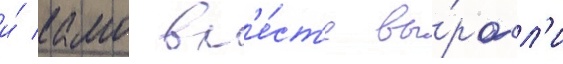
и́ камо вм'е́ст'е вы́росл'и